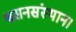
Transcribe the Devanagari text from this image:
श्वसनसंस्थान।